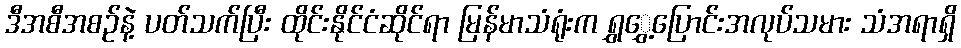
ဒီအစီအစဉ်နဲ့ ပတ်သက်ပြီး ထိုင်းနိုင်ငံဆိုင်ရာ မြန်မာသံရုံးက ရွှွှေ့ပြောင်းအလုပ်သမား သံအရာရှိ